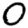
Digit: 0